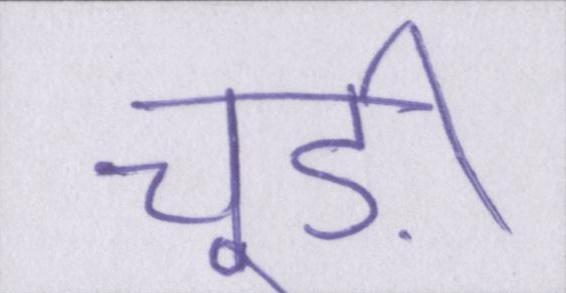
चूड़ी